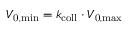
V _ { \mathrm { 0 , m i n } } = k _ { \mathrm { c o l l } } \cdot V _ { \mathrm { 0 , m a x } }